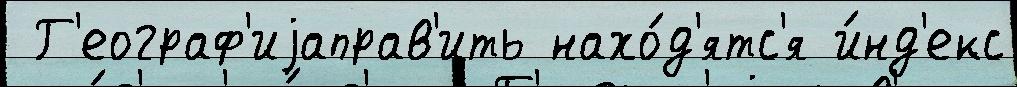
 Г'еограф'иjаправ'ить нахо́д'ятс'я и́нд'екс